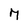
Character: 7